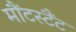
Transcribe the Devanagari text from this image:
मौंटस्टैंट